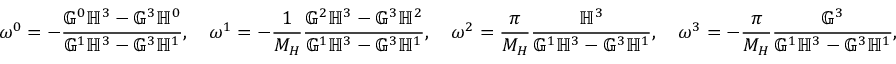
\omega ^ { 0 } = - \frac { \mathbb { G } ^ { 0 } \mathbb { H } ^ { 3 } - \mathbb { G } ^ { 3 } \mathbb { H } ^ { 0 } } { \mathbb { G } ^ { 1 } \mathbb { H } ^ { 3 } - \mathbb { G } ^ { 3 } \mathbb { H } ^ { 1 } } , \quad \omega ^ { 1 } = - \frac { 1 } { M _ { H } } \frac { \mathbb { G } ^ { 2 } \mathbb { H } ^ { 3 } - \mathbb { G } ^ { 3 } \mathbb { H } ^ { 2 } } { \mathbb { G } ^ { 1 } \mathbb { H } ^ { 3 } - \mathbb { G } ^ { 3 } \mathbb { H } ^ { 1 } } , \quad \omega ^ { 2 } = \frac { \pi } { M _ { H } } \frac { \mathbb { H } ^ { 3 } } { \mathbb { G } ^ { 1 } \mathbb { H } ^ { 3 } - \mathbb { G } ^ { 3 } \mathbb { H } ^ { 1 } } , \quad \omega ^ { 3 } = - \frac { \pi } { M _ { H } } \frac { \mathbb { G } ^ { 3 } } { \mathbb { G } ^ { 1 } \mathbb { H } ^ { 3 } - \mathbb { G } ^ { 3 } \mathbb { H } ^ { 1 } } ,